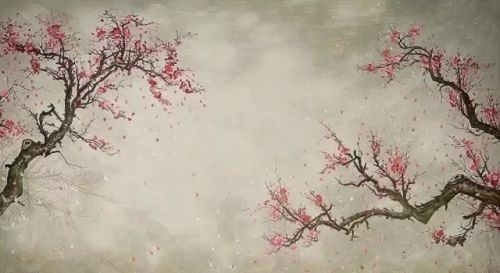
匝路亭亭艳，非时裛裛香。